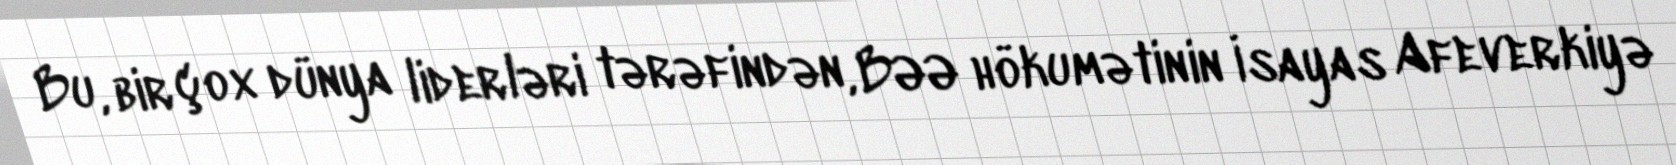
Bu, bir çox dünya liderləri tərəfindən, BƏƏ hökumətinin İsayas Afeverkiyə